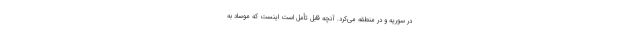
در سوریه و در منطقه می‌کرد. آنچه قابل تأمل است اینست که موساد به